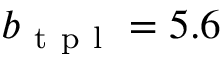
b _ { \mathrm { ~ t ~ p ~ l ~ } } = 5 . 6